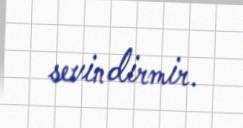
sevindirmir.